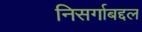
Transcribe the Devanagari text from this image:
निसर्गाबद्दल